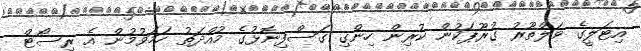
އިޓަލީގެ ވަލްތޫރު ގުރޫޕަކުން ކުރިން ހިންގި ގަސްފިނޮޅުގެ މުއްދަތު ހަމަވުމުން އެ ރިސޯޓް